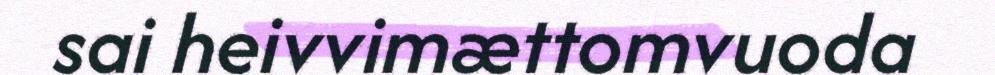
sai heivvimættomvuoda